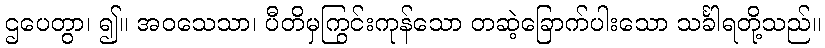
ဌပေတွာ၊ ၍။ အဝသေသာ၊ ပီတိမှကြွင်းကုန်သော တဆဲ့ခြောက်ပါးသော သင်္ခါရတို့သည်။